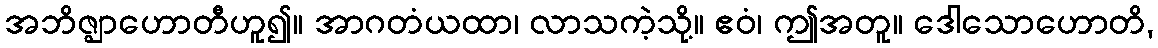
အဘိဇ္ဈာဟောတီဟူ၍။ အာဂတံယထာ၊ လာသကဲ့သို့။ ဧဝံ၊ ဤအတူ။ ဒေါသောဟောတိ,